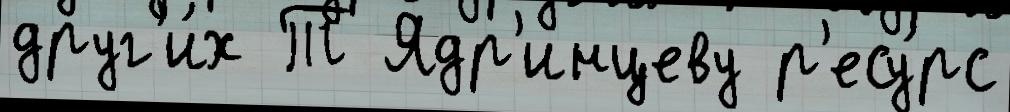
друг'и́х Т Ядр'инцеву р'есу́рс